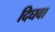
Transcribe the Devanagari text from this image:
दिघवा